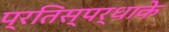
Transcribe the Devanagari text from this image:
प्रतिस्पर्धाके